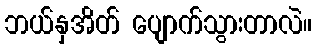
ဘယ်နှအိတ် ပျောက်သွားတာလဲ။